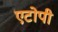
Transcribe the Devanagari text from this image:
एटोपी